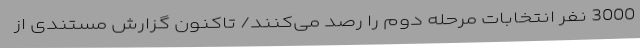
3000 نفر انتخابات مرحله دوم را رصد می‌کنند/ تاکنون گزارش مستندی از